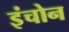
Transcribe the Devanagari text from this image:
इंचोन